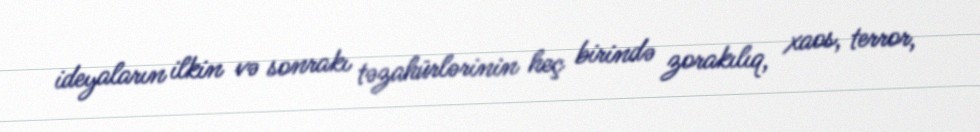
ideyaların ilkin və sonrakı təzahürlərinin heç birində zorakılıq, xaos, terror,